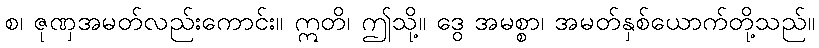
စ၊ ဇုဏှအမတ်လည်းကောင်း။ ဣတိ၊ ဤသို့။ ဒွေ အမစ္စာ၊ အမတ်နှစ်ယောက်တို့သည်။